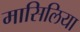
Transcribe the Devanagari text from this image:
मासिलिया